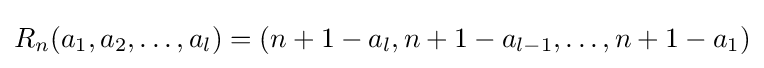
R_{n}(a_{1},a_{2},\dots ,a_{l})=(n+1-a_{l},n+1-a_{l-1},\dots ,n+1-a_{1})